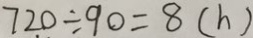
7 2 0 \div 9 0 = 8 ( h )